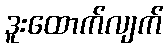
ဒူးထောက်လျက်